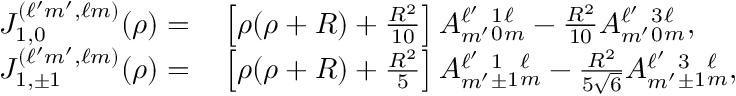
\begin{array} { r l } { J _ { 1 , 0 } ^ { ( \ell ^ { \prime } m ^ { \prime } , \ell m ) } ( \rho ) = } & { { } \left[ \rho ( \rho + R ) + \frac { R ^ { 2 } } { 1 0 } \right] A _ { m ^ { \prime } } ^ { \ell ^ { \prime } } { } _ { 0 } ^ { 1 } { } _ { m } ^ { \ell } - \frac { R ^ { 2 } } { 1 0 } A _ { m ^ { \prime } } ^ { \ell ^ { \prime } } { } _ { 0 } ^ { 3 } { } _ { m } ^ { \ell } , } \\ { J _ { 1 , \pm 1 } ^ { ( \ell ^ { \prime } m ^ { \prime } , \ell m ) } ( \rho ) = } & { { } \left[ \rho ( \rho + R ) + \frac { R ^ { 2 } } { 5 } \right] A _ { m ^ { \prime } } ^ { \ell ^ { \prime } } { } _ { \pm 1 } ^ { 1 } { } _ { m } ^ { \ell } - \frac { R ^ { 2 } } { 5 \sqrt { 6 } } A _ { m ^ { \prime } } ^ { \ell ^ { \prime } } { } _ { \pm 1 } ^ { 3 } { } _ { m } ^ { \ell } , } \end{array}